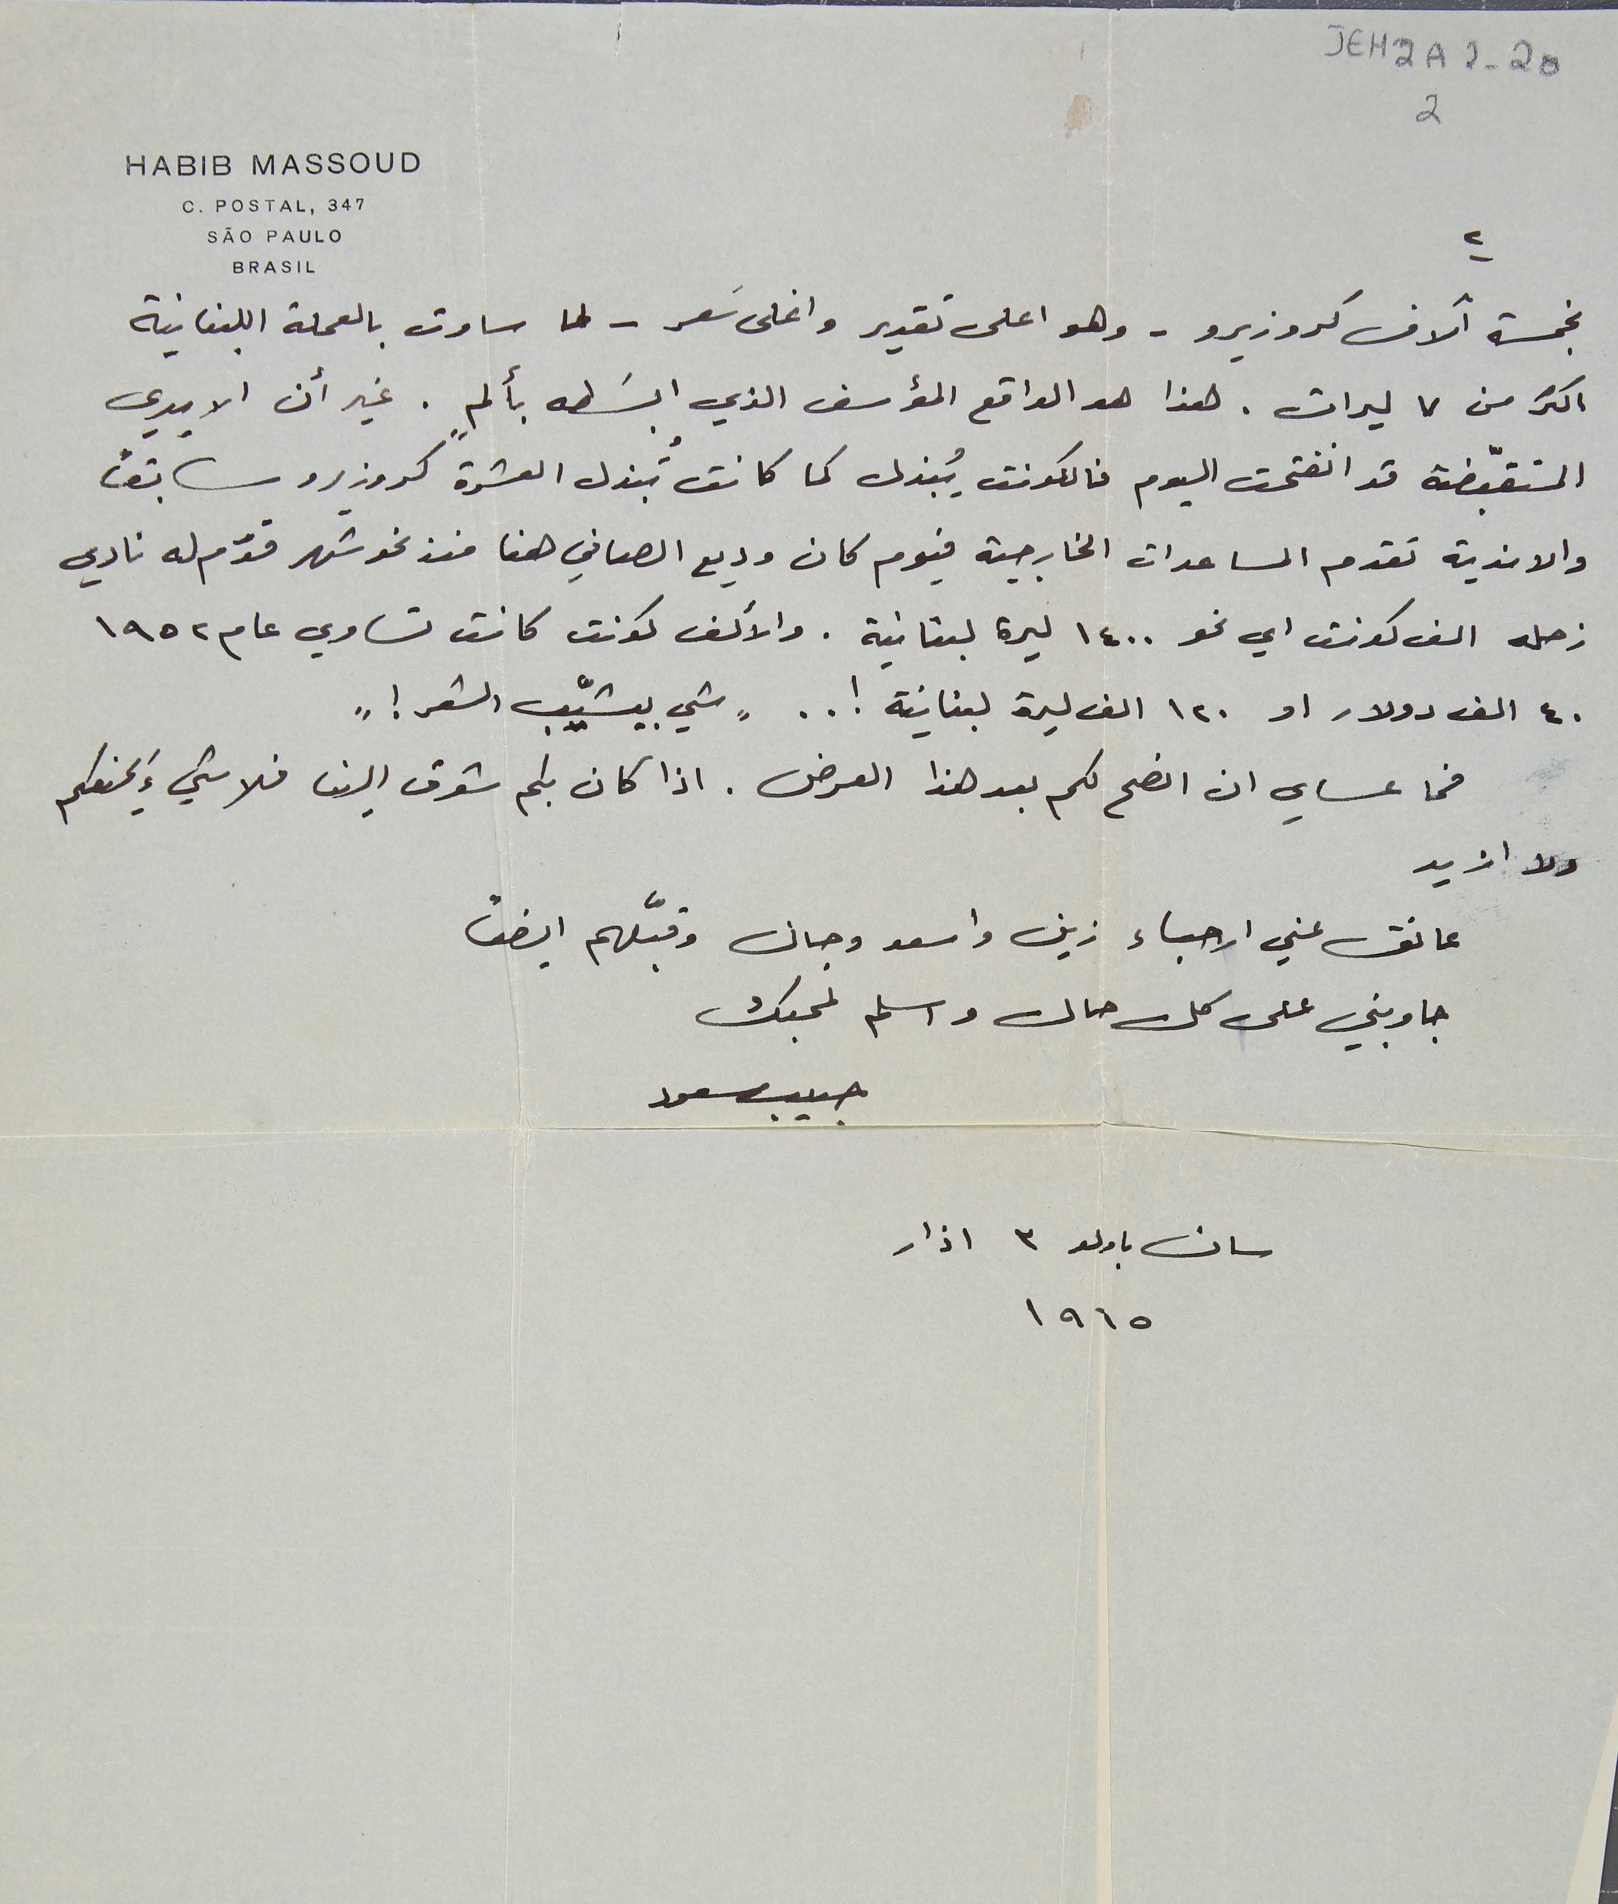
JEH2A2-202
HABIB MASSOUD
BRASIL
 بخمسة آلاف كروزيرو – وهو اعلى تقدير واغلى سَعر - لما ساوت بالعملة اللبنانية
اكثر من ٧ ليرات. هذا هو الواقع المؤسف الذي ابسَطه بألمٍ. غير أن الايدي
المتقبّضة قد انفتحت اليوم فالكونت يُبذل كما كانت تُبذل العشرة كروزيرو سابقاً
والاندية تقدم المساعدات الخارجية فيوم كان وديع الصافي هنا منذ نحو شهر قدّم له نادي
زحله الف كونت اي نحو ١٤٠٠ ليرة لبنانية. والألف كونت كانت تساوي عام ١٩٥٢
٤٠ الف دولار او ١٢٠ الف ليرة لبنانية ! . . "شي بيشيّب الشعر ! "
 فما عساي ان انصح لكم بعد هذا العرض . اذا كان بكم شوق الينا فلا شيءَ يمنعكم
ولا ازيد
 عانق عني الاحباء زين واسعد وجان وقبَّلهم ايضًا
جاوبني على كل حال واسلم لمحبك
حبيب مسعود
 سان باولو ٣ اذار
                                                            ١٩٦٥
C. POSTAL, 347
SÃO PAULO
٢